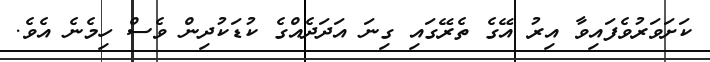
ކަށަވަރުވެފައިވާ އިރު އޭގެ ތެރޭގައި ގިނަ އަދަދެއްގެ ކުޑަކުދިން ވެސް ހިމެނެ އެވެ.